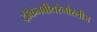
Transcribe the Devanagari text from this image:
ट्रोकेनबीयरेनौस्लीज